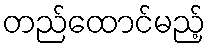
တည်ထောင်မည့်